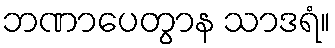
ဘဏာပေတွာန သာဒရံ။